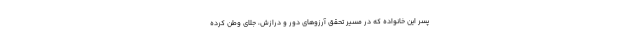
پسر این خانواده که در مسیر تحقق آرزوهای دور و درازش، جلای وطن کرده